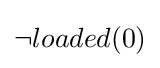
\neg loaded(0)